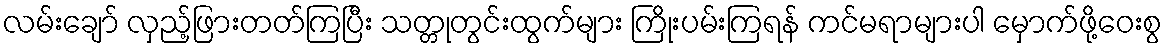
လမ်းချော် လှည့်ဖြားတတ်ကြပြီး သတ္တုတွင်းထွက်များ ကြိုးပမ်းကြရန် ကင်မရာများပါ မှောက်ဖို့ဝေးစွ